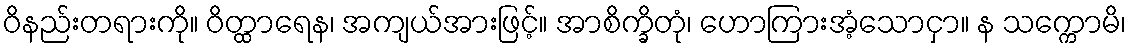
ဝိနည်းတရားကို။ ဝိတ္ထာရေန၊ အကျယ်အားဖြင့်။ အာစိက္ခိတုံ၊ ဟောကြားအံ့သောငှာ။ န သက္ကောမိ၊